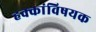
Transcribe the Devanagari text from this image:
हक्कांविषयक